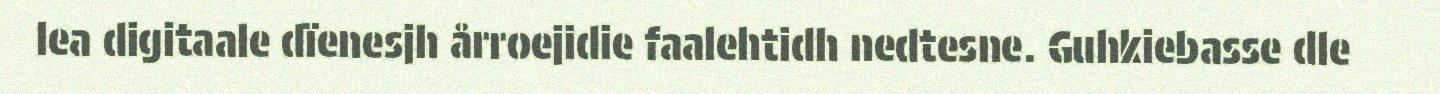
lea digitaale dïenesjh årroejidie faalehtidh nedtesne. Guhkiebasse dle